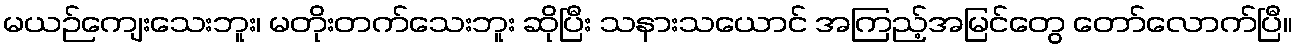
မယဉ်ကျေးသေးဘူး၊ မတိုးတက်သေးဘူး ဆိုပြီး သနားသယောင် အကြည့်အမြင်တွေ တော်လောက်ပြီ။